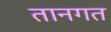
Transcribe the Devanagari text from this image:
तानगत